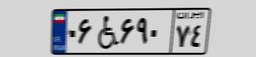
۴۰W۸۹۷۶۷